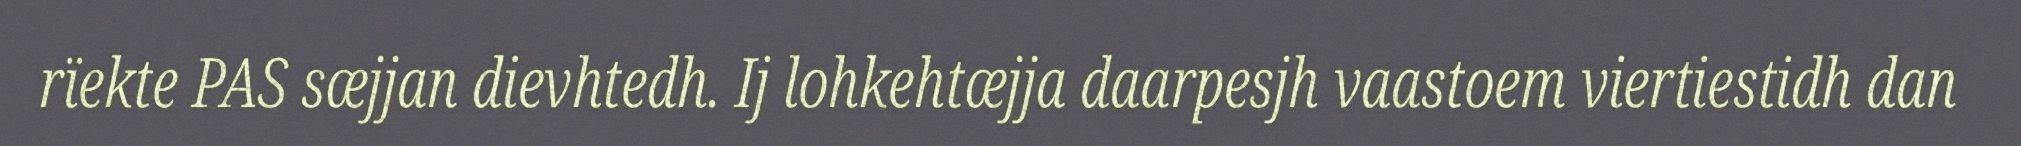
rïekte PAS sæjjan dievhtedh. Ij lohkehtæjja daarpesjh vaastoem viertiestidh dan